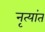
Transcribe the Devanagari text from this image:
नृत्यांत